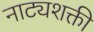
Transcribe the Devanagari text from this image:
नाट्यशक्ती